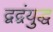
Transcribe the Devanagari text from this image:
द्वद्वंयुद्ध